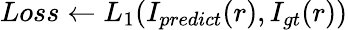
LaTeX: Loss\gets L_{1}(I_{predict}(r),I_{gt}(r))